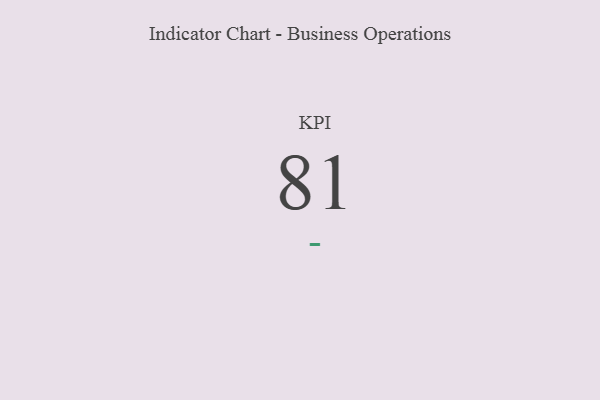
{"axis": {"x": "KPI", "y": "Value"}, "legend": [""], "data": [{"x": "KPI", "y": 81, "type": ""}]}